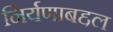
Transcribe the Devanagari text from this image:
निर्यणाबद्दल